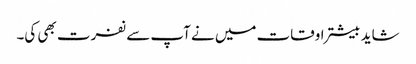
شاید بیشتر اوقات میں نے آپ سے نفرت بھی کی۔